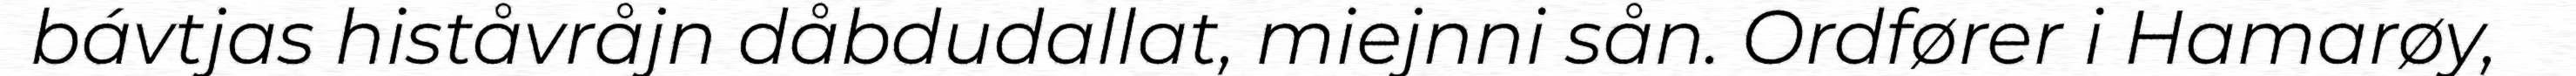
bávtjas histåvråjn dåbdudallat, miejnni sån. Ordfører i Hamarøy,